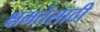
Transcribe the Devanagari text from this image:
क्षमतेसाठी